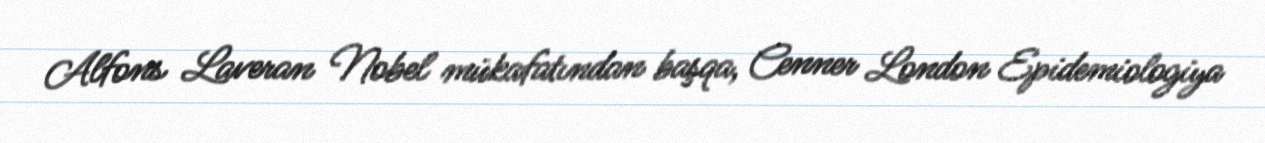
Alfons Laveran Nobel mükafatından başqa, Cenner London Epidemiologiya